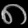
Digit: ၈